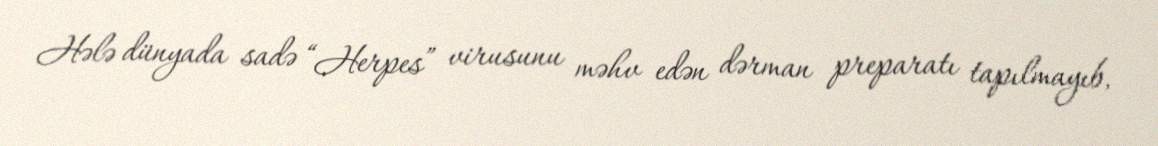
Hələ dünyada sadə “Herpes” virusunu məhv edən dərman preparatı tapılmayıb,